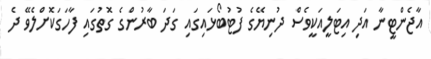
އާޖެންޓީނާ އަދި އިޓަލީއަކީވެސް ދުނިޔޭގެ ފުޓުބޯޅައިގައި ގަދަ ބާރުންގެ ގޮތުގައި ފާހަގަކޮށްލެވޭ ދެ